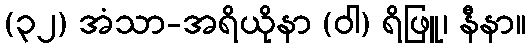
(၃၂) အံသာ-အရိယိုနာ (ဝါ) ရိဖြူ၊ နီနာ။